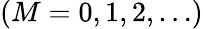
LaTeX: (M=0,1,2,\ldots)